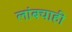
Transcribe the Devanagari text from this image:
लांबचाही